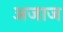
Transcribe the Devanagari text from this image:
अजाज